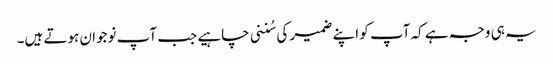
یہ ہی وجہ ہے کہ آپ کو اپنے ضمیر کی سُننی چاہیے جب آپ نوجوان ہوتے ہیں۔